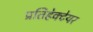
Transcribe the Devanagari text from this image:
प्रतिहेक्टेयर